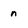
Character: n